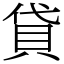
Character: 貸